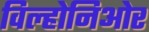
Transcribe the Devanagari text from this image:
विल्होनिओर